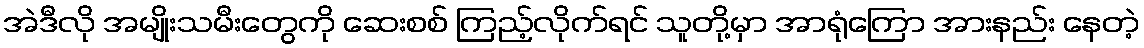
အဲဒီလို အမျိုးသမီးတွေကို ဆေးစစ် ကြည့်လိုက်ရင် သူတို့မှာ အာရုံကြော အားနည်း နေတဲ့